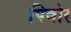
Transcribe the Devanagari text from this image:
पिबोर